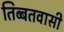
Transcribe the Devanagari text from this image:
तिब्बतवासी